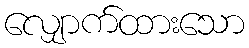
လျှောက်ထားသော